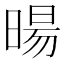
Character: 暘